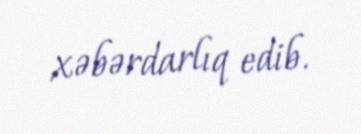
xəbərdarlıq edib.